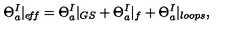
\Theta _ { a } ^ { I } | _ { e \! f \! f } = \Theta _ { a } ^ { I } | _ { G S } + \Theta _ { a } ^ { I } | _ { f } + \Theta _ { a } ^ { I } | _ { l o o p s } ,